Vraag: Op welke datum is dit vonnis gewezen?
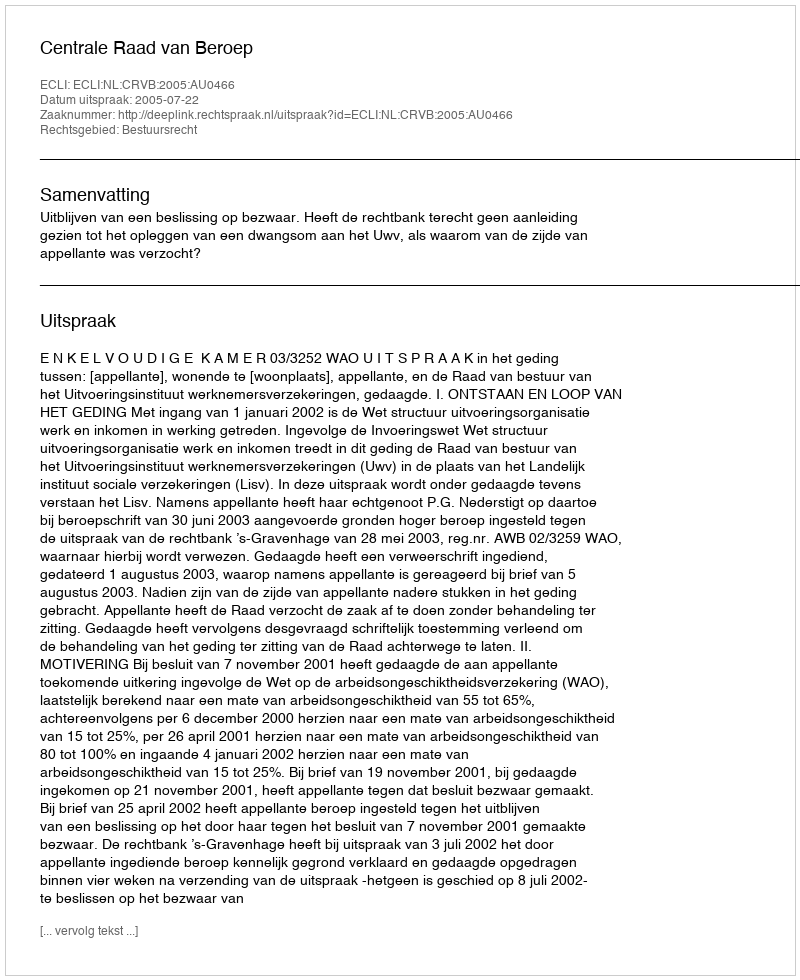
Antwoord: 2005-07-22